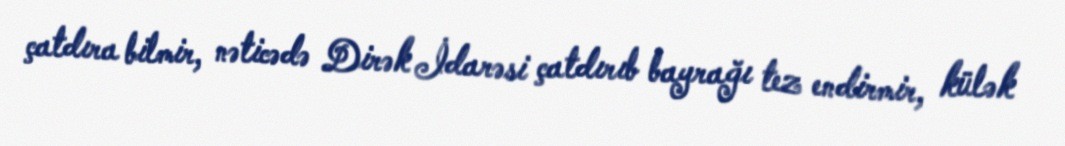
çatdıra bilmir, nəticədə Dirək İdarəsi çatdırıb bayrağı tez endirmir, külək